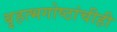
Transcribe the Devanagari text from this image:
बृहत्भगोष्ठांचीही